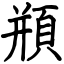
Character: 頩